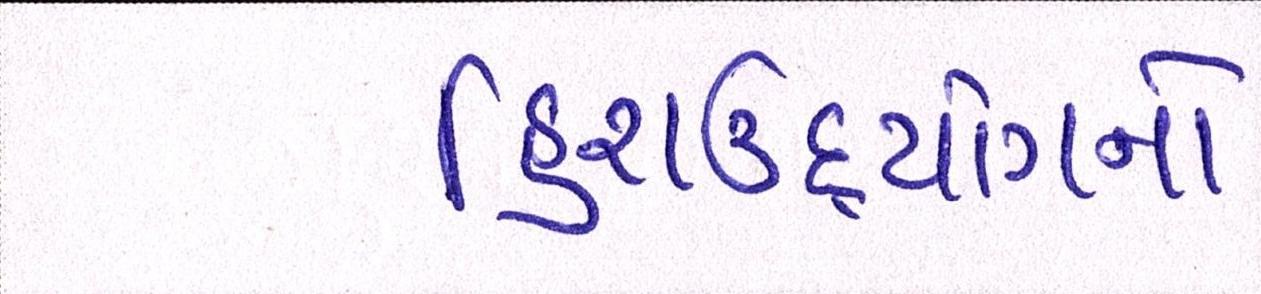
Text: હિરાઉદ્યોગનો